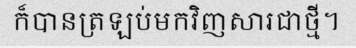
ក៏បានត្រឡប់មកវិញសារជាថ្មី។